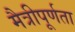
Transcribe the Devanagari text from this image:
मैत्रीपूर्णता